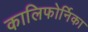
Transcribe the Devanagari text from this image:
कालिफोर्निका